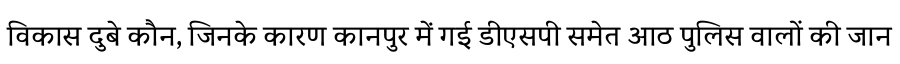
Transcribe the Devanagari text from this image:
विकास दुबे कौन, जिनके कारण कानपुर में गई डीएसपी समेत आठ पुलिस वालों की जान